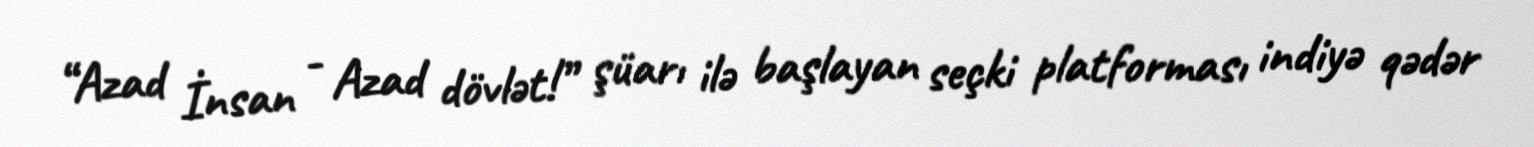
“Azad İnsan - Azad dövlət!” şüarı ilə başlayan seçki platforması indiyə qədər